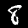
Label: 8